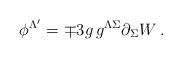
LaTeX: \begin{align*}\phi ^{\Lambda '}=\mp 3 g\, g^{\Lambda \Sigma }\partial _\Sigma W\,. \end{align*}